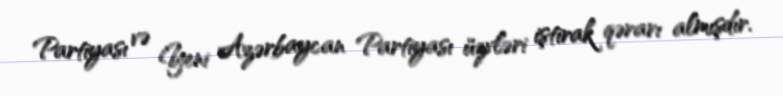
Partiyası və Yeni Azərbaycan Partiyası üzvləri iştirak qərarı almışdır.